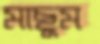
মাছুম